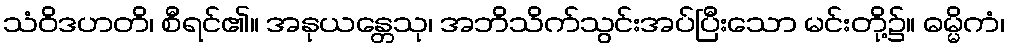
သံဝိဒဟတိ၊ စီရင်၏။ အနုယန္တေသု၊ အဘိသိက်သွင်းအပ်ပြီးသော မင်းတို့၌။ ဓမ္မိကံ၊